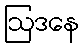
ဩဒနေ